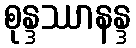
စုန္ဒဿာနန္ဒ